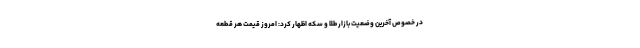
در خصوص آخرین وضعیت بازار طلا و سکه اظهار کرد: امروز قیمت هر قطعه